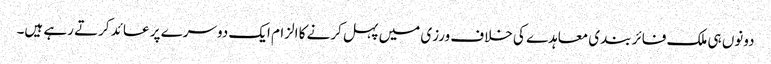
دونوں ہی ملک فائر بندی معاہدے کی خلاف ورزی میں پہل کرنے کا الزام ایک دوسرے پر عائد کرتے رہے ہیں۔